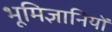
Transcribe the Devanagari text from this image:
भूमिज्ञानियों